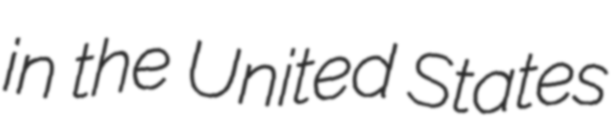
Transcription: in the United States